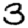
Digit: 3